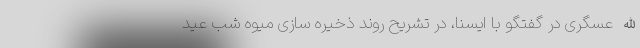
الله عسگری در گفتگو با ایسنا، در تشریح روند ذخیره سازی میوه شب عید